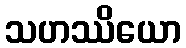
သဟဿိယော